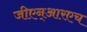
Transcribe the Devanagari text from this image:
जीएन्‌आरएच